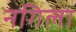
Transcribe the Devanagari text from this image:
नगिला